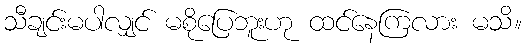
သီချင်းမပါလျှင် မစိုပြေဘူးဟု ထင်နေကြလား မသိ။